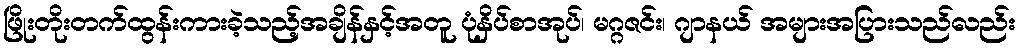
ဖြိုးတိုးတက်ထွန်းကားခဲ့သည့်အချိန်နှင့်အတူ ပုံနှိပ်စာအုပ်၊ မဂ္ဂဇင်း၊ ဂျာနယ် အများအပြားသည်လည်း